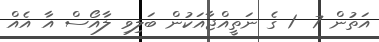
އަތުން 7  1 ގެ ނަތީއްޖާއަކުން ބަލިވި ލާއޯސް އާ އެއް